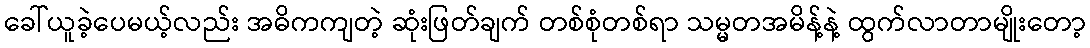
ခေါ်ယူခဲ့ပေမယ့်လည်း အဓိကကျတဲ့ ဆုံးဖြတ်ချက် တစ်စုံတစ်ရာ သမ္မတအမိန့်နဲ့ ထွက်လာတာမျိုးတော့